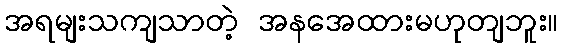
အရမျးသကျသာတဲ့ အနအေထားမဟုတျဘူး။